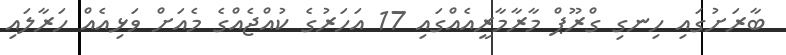
ބާރަށުގައި ހިނގި ގްރޫޕް މާރާމާރީއެއްގައި 17 އަހަރުގެ ކުއްޖެއްގެ މެއަށް ވަޅިއެއް ހަރާލައި